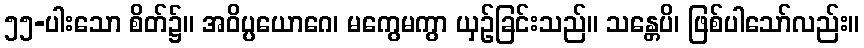
၅၅-ပါးသော စိတ်၌။ အဝိပ္ပယောဂေ၊ မကွေမကွာ ယှဉ်ခြင်းသည်။ သန္တေပိ၊ ဖြစ်ပါသော်လည်း။